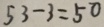
5 3 - 3 = 5 0